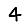
Digit: 4